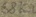
Text: 68kΩ